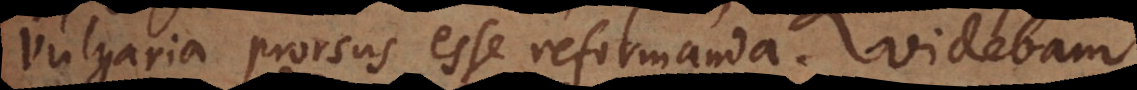
vulgaria prorsus esse reformanda. Videbam